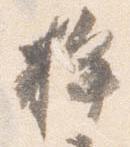
桙